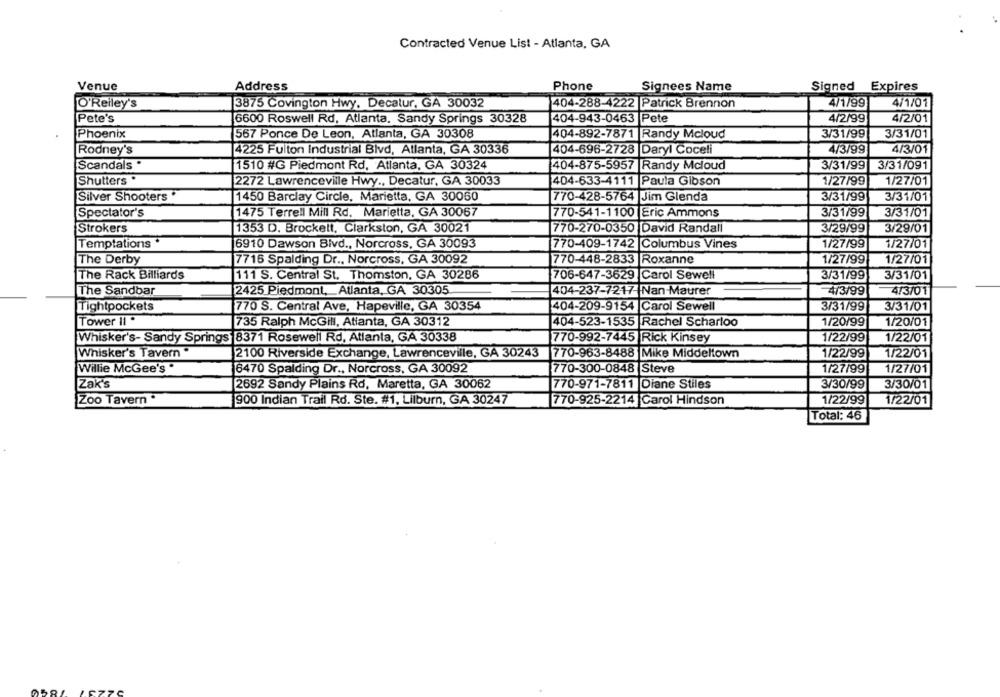
Contracted Venue List - Atlanta, GA
Venue
Address
Phone
Signees Name
Signed Expires
O'Reiley's
3875 Covington Hwy. Decatur, GA 30032
404-288-4222 Patrick Brennon
4/1/99
4/1/01
Pete's
404-943-0463 Pete
4/2/99
4/2/01
6600 Roswell Rd, Atlanta. Sandy Springs 30328
Phoenix
567 Ponce De Leon, Atlanta, GA 30308
404-892-7871 Randy Mcloud
3/31/99
3/31/01
Rodney's
4225 Fulton Industrial Blvd, Atlanta, GA 30336
404-696-2728 Daryl Coceli
4/3/99
4/3/01
Scandals .
1510 #G Piedmont Rd, Atlanta, GA 30324
404-875-5957 |Randy Mcloud
3/31/99 3/31/091
Shutters .
2272 Lawrenceville Hwy ., Decatur, GA 30033
404-633-4111 Paula Gibson
1/27/99
1/27/01
Silver Shooters
1450 Barclay Circle, Marietta, GA 30050
770-428-5764 Jim Glenda
3/31/99
3/31/01
Spectator's
1475 Terrell Mill Rd. Marietta, GA 30067
770-541-1100 Eric Ammons
3/31/99
3/31/01
Strokers
1353 D. Brockelt, Clarkston, GA 30021
770-270-0350 David Randall
3/29/99
3/29/01
Temptations
770-409-1742 |Columbus Vines
1/27/99
6910 Dawson Blvd ., Norcross, GA 30093
1/27/01
The Derby
7716 Spalding Dr ., Norcross, GA 30092
770-448-2833 Roxanne
1/27/99
1/27/01
The Rack Billiards
111 S. Central St. Thomston, GA 30286
706-647-3629 Carol Sewell
3/31/99
3/31/01
The Sandbar
2425 Piedmont, Atlanta, GA 30305
404-237-7217- Nan-Maurer
4/3/99
4/3/01
3/31/99
3/31/01
Tightpockets
770 S. Central Ave, Hapeville, GA 30354
404-209-9154 Carol Sewell
Tower II .
735 Ralph McGill, Atlanta, GA 30312
404-523-1535 Rachel Scharloo
1/20/99
1/20/01
Whisker's- Sandy Springs 8371 Rosewell Rd, Atlanta, GA 30338
770-992-7445 Rick Kinsey
1/22/99
1/22/01
Whisker's Tavern.
2100 Riverside Exchange, Lawrenceville, GA 30243
770-963-8488 Mike Middeltown
1/22/99
1/22/01
Willie McGee's"
6470 Spalding Dr ., Norcross, GA 30092
770-300-0848 Steve
1/27/99
1/27/01
Zak's
2692 Sandy Plains Rd, Maretta, GA 30062
770-971-7811 Diane Stiles
3/30/99
3/30/01
Zoo Tavern .
900 Indian Trail Rd. Ste. #1, Lilburn, GA 30247
770-925-2214 Carol Hindson
1/22/99
1/22/01
Total: 46